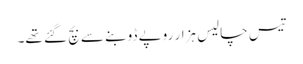
تیس چالیس ہزار روپے ڈوبنے سے بچ گئے تھے۔